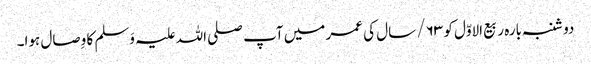
دو شنبہ بارہ ربیع الاوّل کو ۶۳/ سال کی عمر میں آپ صلی اللہ علیہ وَسلم کا وِصال ہوا۔